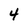
Character: 4